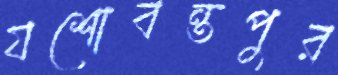
যশোবন্তপুর